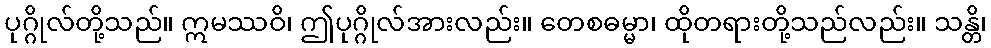
ပုဂ္ဂိုလ်တို့သည်။ ဣမဿဝိ၊ ဤပုဂ္ဂိုလ်အားလည်း။ တေစဓမ္မာ၊ ထိုတရားတို့သည်လည်း။ သန္တိ၊